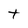
Character: t